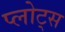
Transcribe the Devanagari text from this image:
प्लोट्स